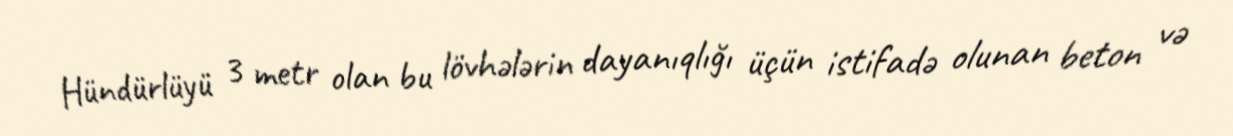
Hündürlüyü 3 metr olan bu lövhələrin dayanıqlığı üçün istifadə olunan beton və